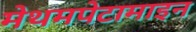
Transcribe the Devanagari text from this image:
मेथमपेटामाइन